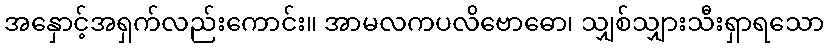
အနှောင့်အရှက်လည်းကောင်း။ အာမလကပလိဗောဓော၊ သျှစ်သျှားသီးရှာရသော